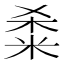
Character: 𫂿